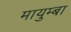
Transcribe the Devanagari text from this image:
मायुम्बा